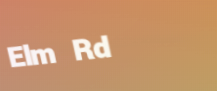
Elm Rd